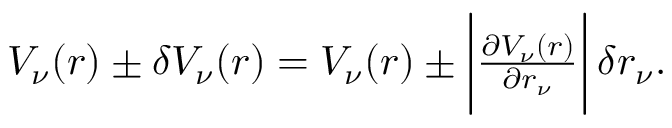
\begin{array} { r } { V _ { \nu } ( r ) \pm \delta V _ { \nu } ( r ) = V _ { \nu } ( r ) \pm \bigg | \frac { \partial V _ { \nu } ( r ) } { \partial r _ { \nu } } \bigg | \, \delta r _ { \nu } . } \end{array}